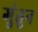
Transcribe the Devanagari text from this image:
गुंतुन